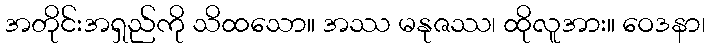
အတိုင်းအရှည်ကို သိထသော။ အဿ မနုဇဿ၊ ထိုလူအား။ ဝေဒနာ၊